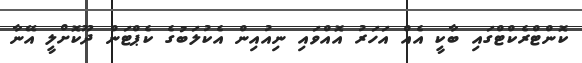
ކޮންޓްރެކްޓްގައި ބާކީ އެއް އަހަރު އޮއްވައި ނިއުއިން އެކުލަބުގެ ކެޕްޓަން ދޫކޮށްލީ އޭނާ